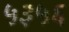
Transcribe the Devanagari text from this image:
५३५६